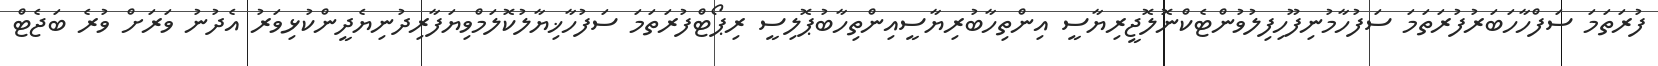
ފުރަތަމަ ސަފްހާހަބަރުފުރަތަމަ ސަފުހާމުނިފޫހިފިލުވުންޓެކްނޮލޮޖީރިޔާސީ އިންތިހާބުރިޔާސީއިންތިހާބުޕޮލިސީ ރިޕޯޓްފުރަތަމަ ސަފުހާޚިޔާލުކޮލަމްވިޔަފާރިދުނިޔެދީންކުޅިވަރު އެދުނު ވަރަށް ވުރެ ބަޖެޓް